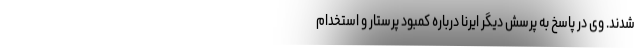
شدند. وی در پاسخ به پرسش دیگر ایرنا درباره کمبود پرستار و استخدام